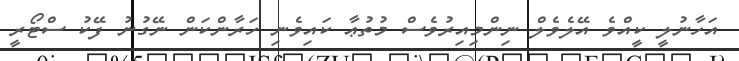
އަހާނުލީ ކީއްވެ އޭލެވެލް ނިންމިއިރުވެސް މުތުޢާ ކައިވެނި ހަރާންކަން ނޭގުނު ފޭކު ސްޓޯރީ